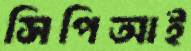
সিপিআই